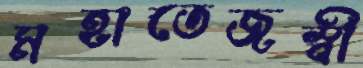
মহাতেজস্বী